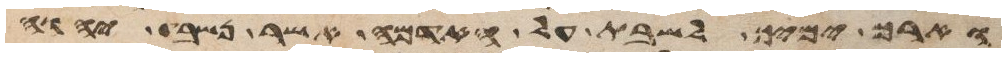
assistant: וארך ימיך לשבת על האדמה אשר נשבע יהוה